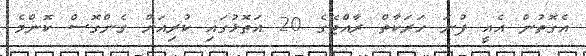
އެގޮތުން އެއީ ފުނަ ހަރަކާތް ރާއްޖޭގެ 20 އަތޮޅުގައި ކުރިއަށް ގެންގޮސް ކޮންމެ